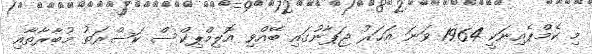
މި ކެމްޕެއިނަކީ 1964 ވަނަ އަހަރު ޖަޕާނުގައި ބޭއްވި އޮލިމްޕިކްސް ކަސްރަތު މުބާރާތާއި